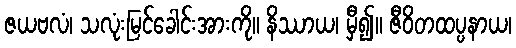
ဇယဗလံ၊ သလုံးမြင်ခေါင်းအားကို။ နိဿာယ၊ မှီ၍။ ဇီဝိတထပ္ပနာယ၊